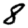
Digit: 8